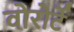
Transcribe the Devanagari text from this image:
वोरोर्टे